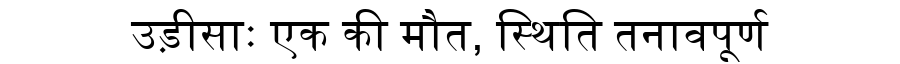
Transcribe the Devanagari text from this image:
उड़ीसाः एक की मौत, स्थिति तनावपूर्ण